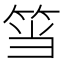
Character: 筜